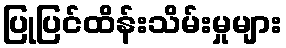
ပြုပြင်ထိန်းသိမ်းမှုများ